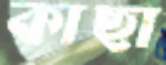
কাছা